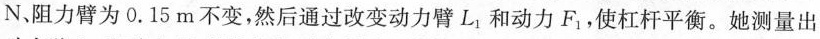
N、阻力臂为0.15m不变，然后通过改变动力臂L_{1}和动力F_{1}，使杠杆平衡。她测量出